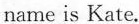
name is Kate.